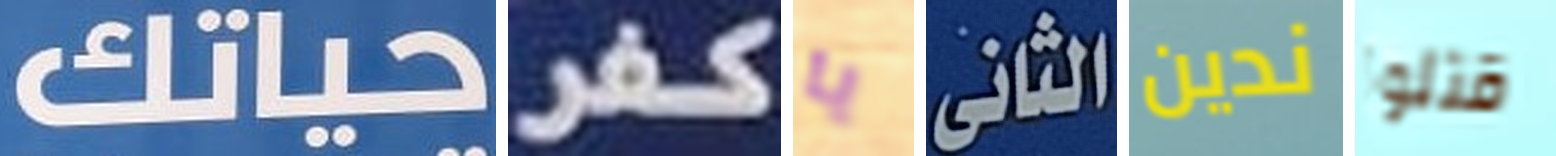
حياتك كفر يا الثانى ندين قتلوا